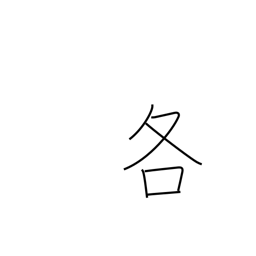
Meaning: either